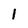
Character: 1